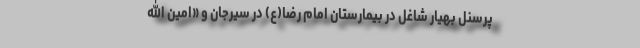
پرسنل بهیار شاغل در بیمارستان امام رضا(ع) در سیرجان و «امین الله